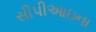
સીપીઆઇના